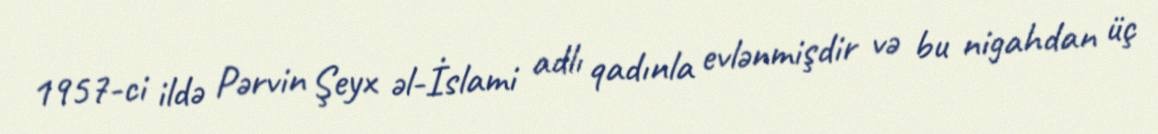
1957-ci ildə Pərvin Şeyx əl-İslami adlı qadınla evlənmişdir və bu nigahdan üç